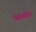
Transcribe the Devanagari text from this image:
थायमोल